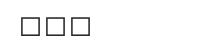
١١٧